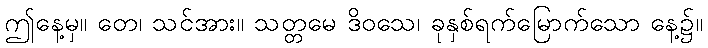
ဤနေ့မှ။ တေ၊ သင်အား။ သတ္တမေ ဒိဝသေ၊ ခုနှစ်ရက်မြောက်သော နေ့၌။